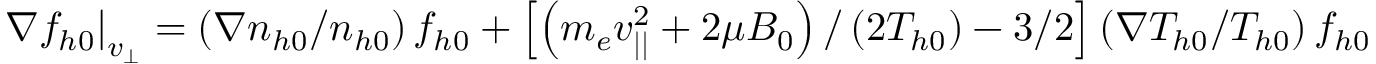
\nabla f _ { h 0 } { \lvert } _ { v _ { \perp } } = \left( \nabla n _ { h 0 } / n _ { h 0 } \right) f _ { h 0 } + \left[ \left( m _ { e } v _ { | | } ^ { 2 } + 2 \mu B _ { 0 } \right) / \left( 2 T _ { h 0 } \right) - 3 / 2 \right] \left( \nabla T _ { h 0 } / T _ { h 0 } \right) f _ { h 0 }